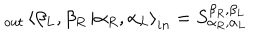
LaTeX: _ { o u t } \left\langle \beta _ { L } , \beta _ { R } \right. \left| \alpha _ { R } , \alpha _ { L } \right\rangle _ { i n } = S _ { \alpha _ { R } , \alpha _ { L } } ^ { \beta _ { R } , \beta _ { L } }